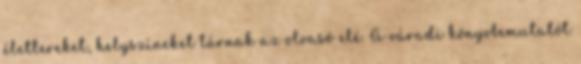
élettereket, helyszíneket tárnak az olvasó elé. A váradi könyvbemutatót